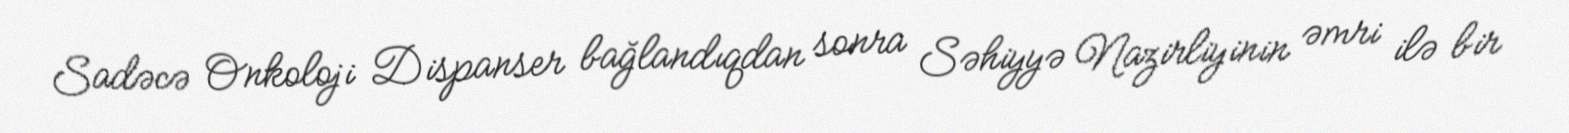
Sadəcə Onkoloji Dispanser bağlandıqdan sonra Səhiyyə Nazirliyinin əmri ilə bir